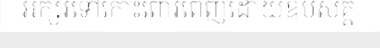
អក្សរទៅកោះពោរពេញដោយឧបស័គ្គ